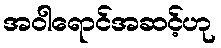
အဝါရောင်အဆင့်ဟု